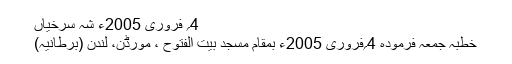
4؍ فروری 2005ء شہ سرخیاں
خطبہ جمعہ فرمودہ 4؍فروری 2005ء بمقام مسجد بیت الفتوح ، مورڈن، لندن (برطانیہ)